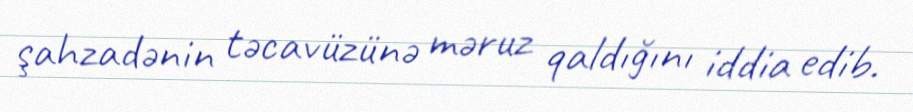
şahzadənin təcavüzünə məruz qaldığını iddia edib.